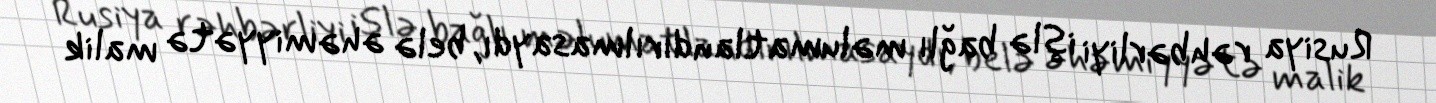
Rusiya rəhbərliyi işlə bağlı məlumatlandırılmasaydı, belə əhəmiyyətə malik